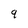
Character: 9